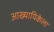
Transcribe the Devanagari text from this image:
आख्यायिकेला